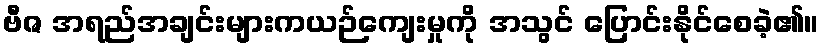
ဗီဇ အရည်အချင်းများကယဉ်ကျေးမှုကို အသွင် ပြောင်းနိုင်စေခဲ့၏။